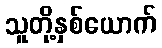
သူတို့နှစ်ယောက်